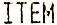
ITEM